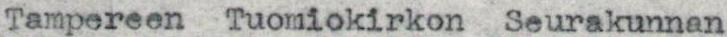
Tampereen Tuomiokirkon Seurakunnan